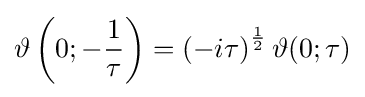
\vartheta \left(0;-{\frac {1}{\tau }}\right)=\left(-i\tau \right)^{\frac {1}{2}}\vartheta (0;\tau )